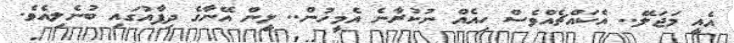
އެއީ މަޖަލޭ.. އެކައްޗެއްވެސް ހިއެއް ނުކުރާނެ އެމީހުން.. ލީން އޭނާގެ ދިފާއުގައި ބުނެލިއެވެ.